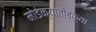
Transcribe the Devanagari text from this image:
मोडक्यातोडक्या